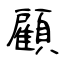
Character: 顧